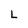
Character: L